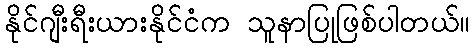
နိုင်ဂျီးရီးယားနိုင်ငံက သူနာပြုဖြစ်ပါတယ်။